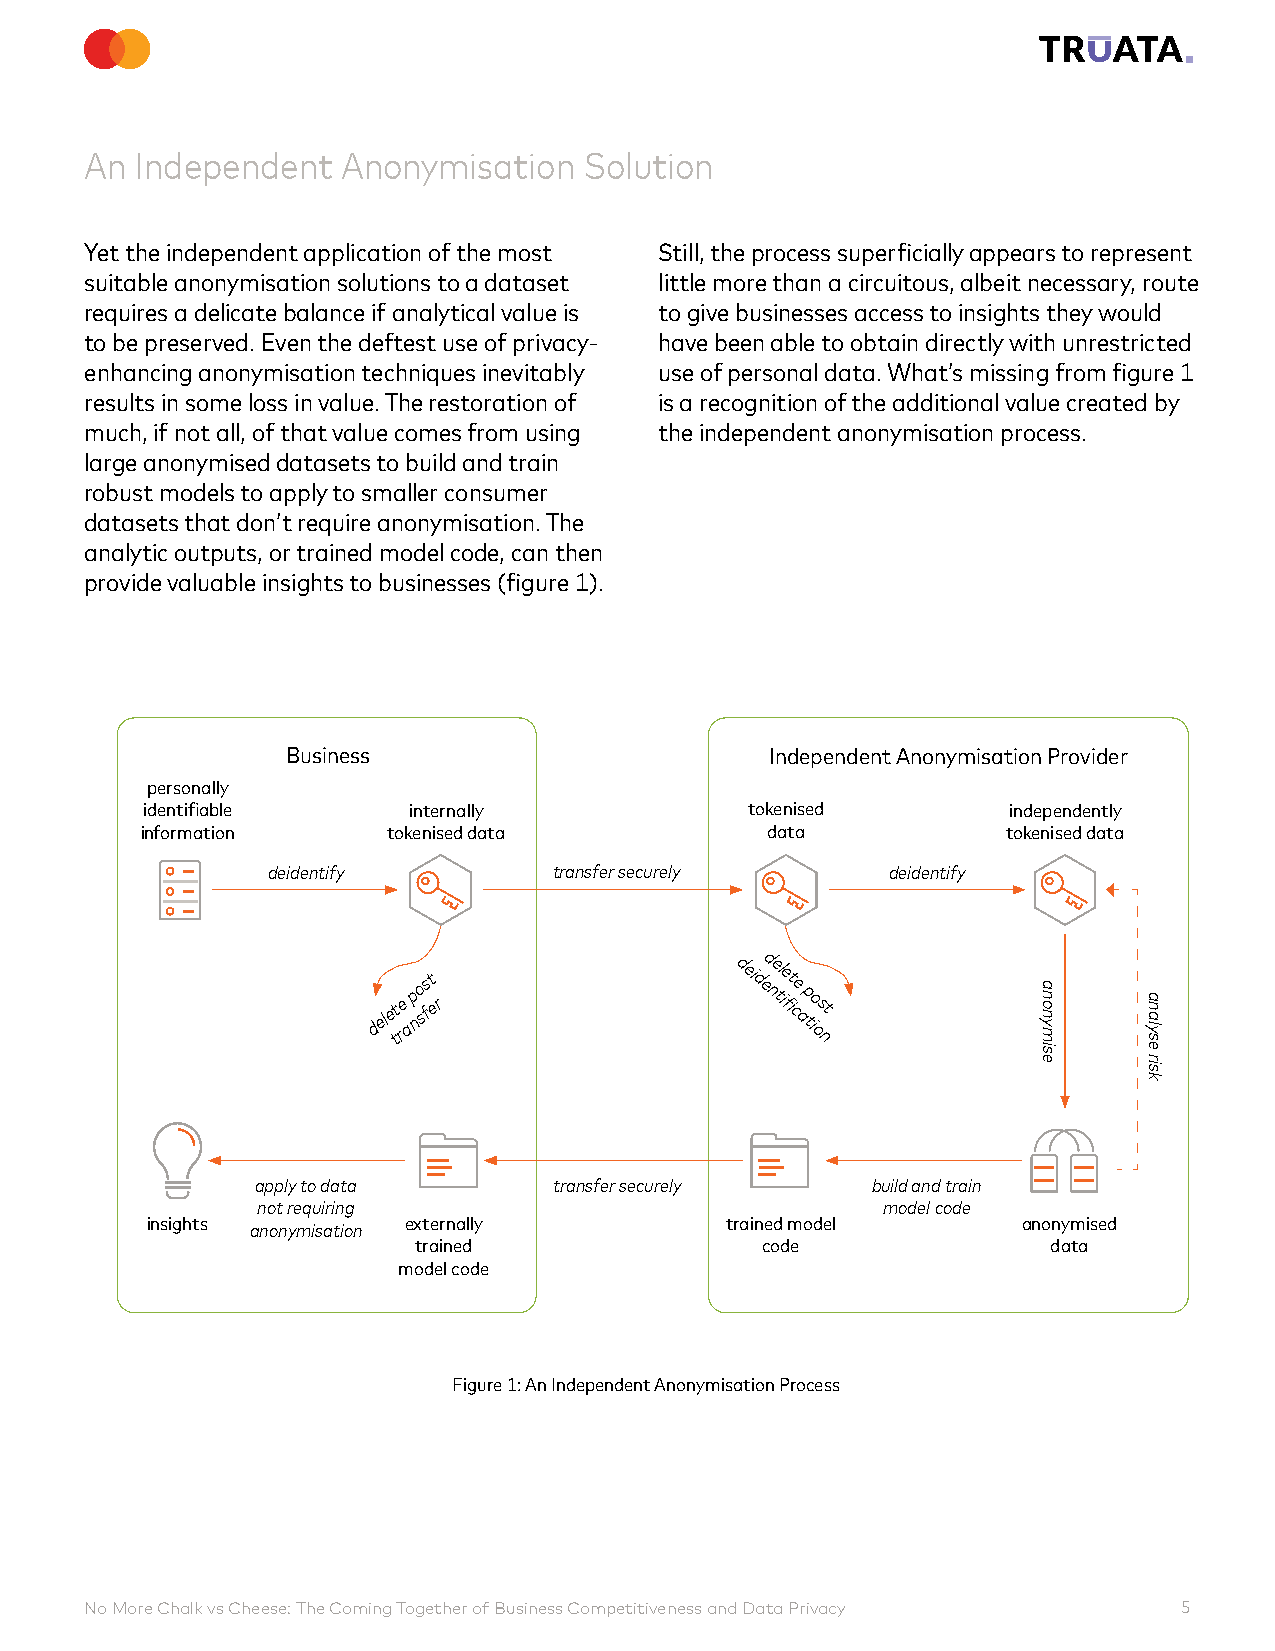
An Independent   Anonymisation   Solution
 Yet the independent application of the most Still, the process superficially appears to represent
 suitable anonymisation solutions to a dataset little more than a circuitous, albeit necessary, route
 requires a delicate balance if analytical value is to give businesses access to insights they would
 to be preserved. Even the deftest use of privacy- have been able to obtain directly with unrestricted
 enhancing anonymisation techniques inevitably use of personal data. What’s missing from figure 1
 results in some loss in value. The restoration of is a recognition of the additional value created by
 much, if not all, of that value comes from using the independent anonymisation process.
 large anonymised datasets to build and train
 robust models to apply to smaller consumer
 datasets that don’t require anonymisation. The
 analytic outputs, or trained model code, can then
 provide valuable insights to businesses (figure 1).
 Business                        Independent Anonymisation Provider
 personally
 identifiable      internally             tokenised        independently
 information      tokenised data           data            tokenised data
 deidentify         transfer securely     deidentify
 dele tt re ap no sfst e r dei ded ne tl ie fit ce
 a
 p tio os nt
 apply to data       transfer securely    build and train
 not requiring                            model code
 insights         externally           trained model       anonymised
 anonymisation
 trained                code                data
 model code
 Figure 1: An Independent Anonymisation Process
 No More Chalk vs Cheese: The Coming Together of Business Competitiveness and Data Privacy 5
 anonymise analyse
 risk